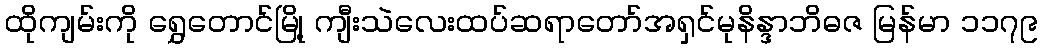
ထိုကျမ်းကို ရွှေတောင်မြို့ ကျီးသဲလေးထပ်ဆရာတော်အရှင်မုနိန္ဒာဘိဓဇ မြန်မာ ၁၁၇၉